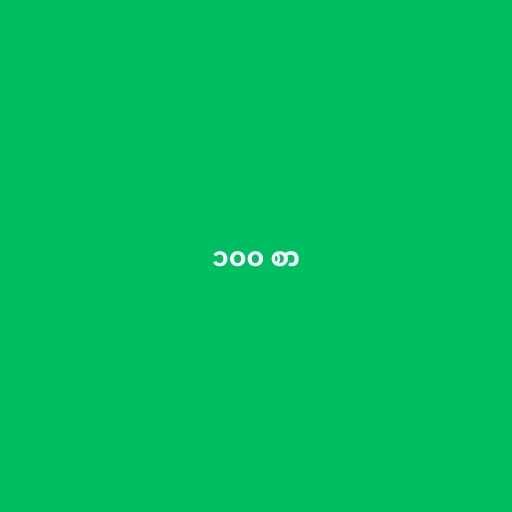
၁၀၀ စာ